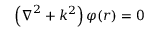
\left( \boldsymbol { \nabla } ^ { 2 } + k ^ { 2 } \right) \varphi ( \boldsymbol { r } ) = 0